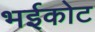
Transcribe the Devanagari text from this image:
भईकोट